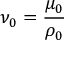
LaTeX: \nu _ { 0 } = { \frac { \mu _ { 0 } } { \rho _ { 0 } } }